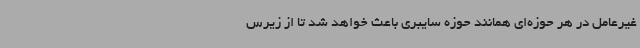
غیرعامل در هر حوزه‌ای همانند حوزه سایبری باعث خواهد شد تا از زیرس